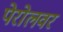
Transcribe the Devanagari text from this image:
पेरोलवर